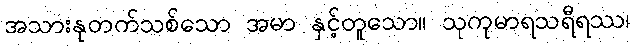
အသားနုတက်သစ်သော အမာ နှင့်တူသော။ သုကုမာရသရီရဿ၊